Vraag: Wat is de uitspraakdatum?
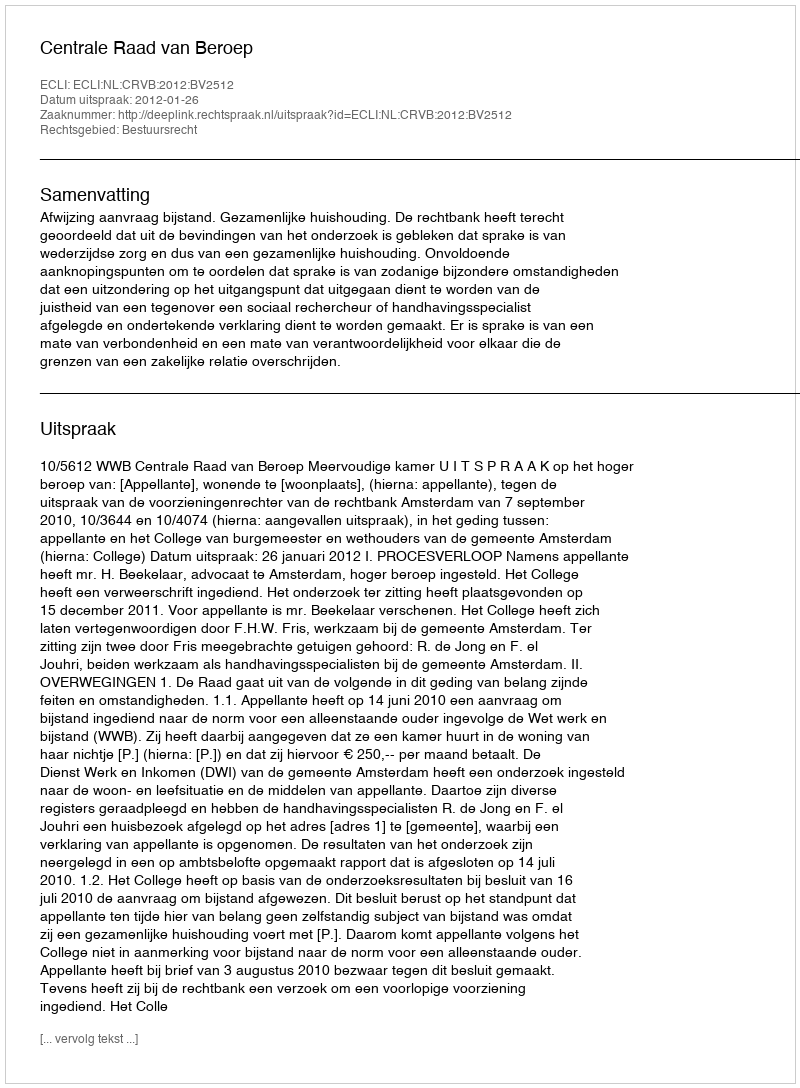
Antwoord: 2012-01-26